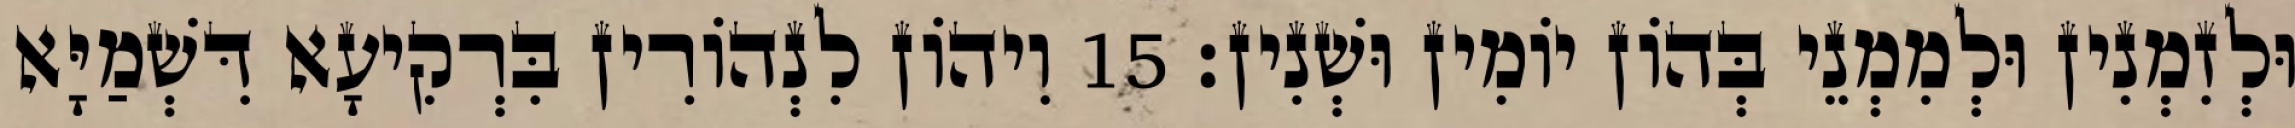
וּלְזִמְנִין וּלְמִמְנֵי בְּהוֹן יוֹמִין וּשְׁנִין׃ 15 וִיהוֹן לִנְהוֹרִין בִּרְקִיעָא דִּשְׁמַיָּא